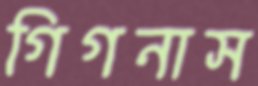
গিগনাস